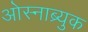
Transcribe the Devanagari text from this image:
ओस्नाब्र्युक